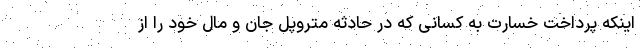
اینکه پرداخت خسارت به کسانی که در حادثه متروپل جان و مال خود را از